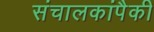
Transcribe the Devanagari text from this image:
संचालकांपैकी